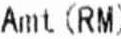
AMT (RM)